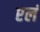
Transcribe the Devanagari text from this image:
एलं